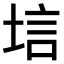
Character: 𫭷